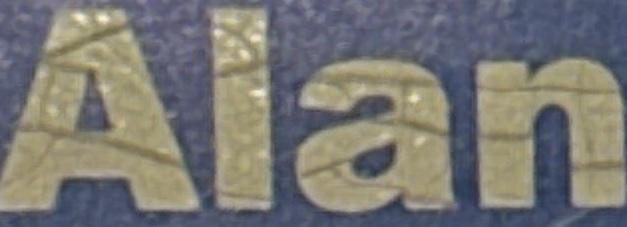
Alan